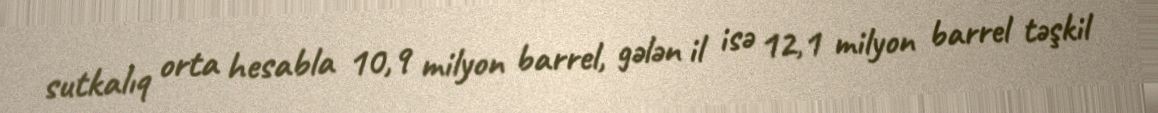
sutkalıq orta hesabla 10,9 milyon barrel, gələn il isə 12,1 milyon barrel təşkil